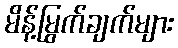
မိန့်မြွက်ချက်များ